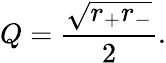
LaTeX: Q={\frac{\sqrt{r_{+}r_{-}}}{2}}.